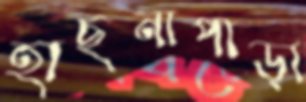
হাছনাপাড়া